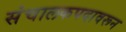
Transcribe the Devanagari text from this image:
संचालकपदावरून